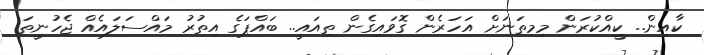
ކާއިން.. ކީއްކުރަން މިމތަނަށް އަހަރެން ގޮވައިގެން ތިއައީ.. ބައްޕަގެ އިތުރު މައްސަލައެއް ޖެހުނީތަ